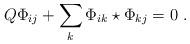
LaTeX: \begin{align*}Q\Phi_{ij}+\sum_k\Phi_{ik}\star\Phi_{kj}=0 \ .\end{align*}